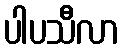
ပါပသီလာ